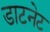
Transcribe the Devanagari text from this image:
डाटनेट